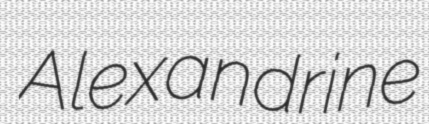
Alexandrine